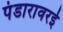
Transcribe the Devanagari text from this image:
पंडारावरई